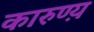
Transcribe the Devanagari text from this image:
कारुण्य़